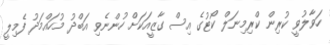
ހަވާލުވީ ކުރިން ކްރިމިނަލް ކޯޓުގެ އިސް ގާޒީއަކަށް ހުންނެވި އަބްދު މުހައްމަދު ފެމިލީ